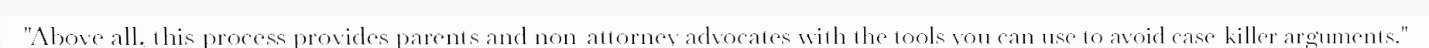
"Above all, this process provides parents and non-attorney advocates with the tools you can use to avoid case-killer arguments."